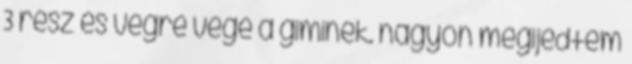
3 rész és végre vége a giminek. nagyon megijedtem